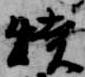
焼